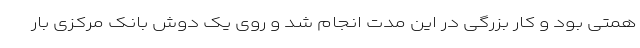
همتی بود و کار بزرگی در این مدت انجام شد و روی یک دوش بانک مرکزی بار